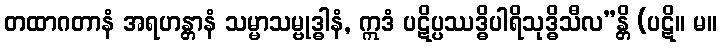
တထာဂတာနံ အရဟန္တာနံ သမ္မာသမ္ဗုဒ္ဓါနံ, ဣဒံ ပဋိပ္ပဿဒ္ဓိပါရိသုဒ္ဓိသီလ”န္တိ (ပဋိ။ မ။